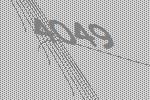
4049